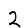
Digit: 2